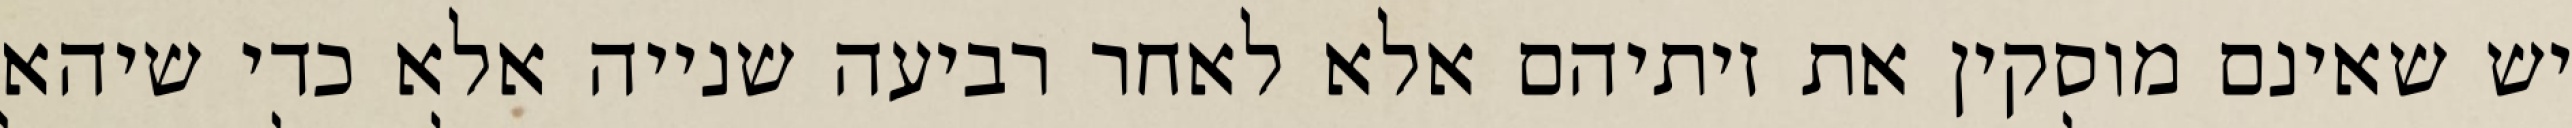
יש שאינם מוסקין את זיתיהם אלא לאחר רביעה שנייה אלא כדי שיהא